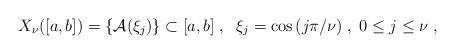
LaTeX: \begin{align*} X_\nu([a,b])=\left\{\mathcal{A}(\xi_j)\right\}\subset [a,b]\;,\;\;\xi_j=\cos{(j\pi/\nu)}\;,\;0\leq j \leq \nu\;,\end{align*}